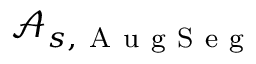
\mathcal { A } _ { s , \mathrm { ~ A ~ u ~ g ~ S ~ e ~ g ~ } }